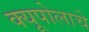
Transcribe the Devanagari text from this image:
क्यूपोलाचे